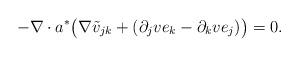
LaTeX: \begin{align*}-\nabla\cdot a^\ast \big(\nabla \tilde v_{jk}+(\partial_j ve_k-\partial_k ve_j)\big)=0.\end{align*}